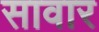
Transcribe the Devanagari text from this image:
सावार